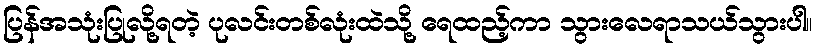
ပြန်အသုံးပြုလို့ရတဲ့ ပုလင်းတစ်လုံးထဲသို့ ရေထည့်ကာ သွားလေရာသယ်သွားပါ။